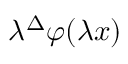
\lambda ^ { \Delta } \varphi ( \lambda x )